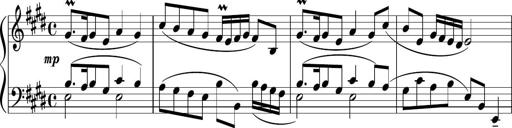
Title: 12 Keyboard Sonatinas
Composer: James Hook